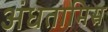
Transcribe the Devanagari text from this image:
अंधतामिस्र